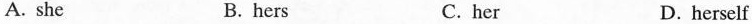
A. she B. hers C. her D. herself